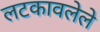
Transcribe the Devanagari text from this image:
लटकावलेले